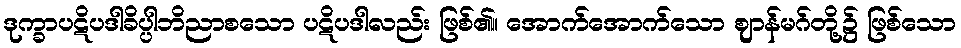
ဒုက္ခာပဋိပဒါခိပ္ပါဘိညာစသော ပဋိပဒါလည်း ဖြစ်၏။ အောက်အောက်သော ဈာန်မဂ်တို့၌ ဖြစ်သော